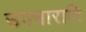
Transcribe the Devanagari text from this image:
उपचारादि